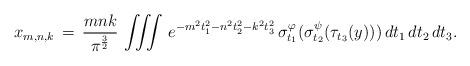
LaTeX: \begin{align*}x_{m, n, k} \,=\, \frac{mnk}{\pi^{\frac32}}\,\iiint\,e^{-m^2t_1^2 - n^2t_2^2 - k^2t_3^2}\,\sigma^\varphi_{t_1}(\sigma^\psi_{t_2}(\tau_{t_3}(y)))\,dt_1 \,dt_2 \,dt_3 .\end{align*}